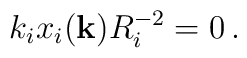
k_{i}x_{i}({\bf k})R_{i}^{-2} = 0 \, .